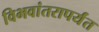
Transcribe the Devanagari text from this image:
विभवांतरापर्यंत